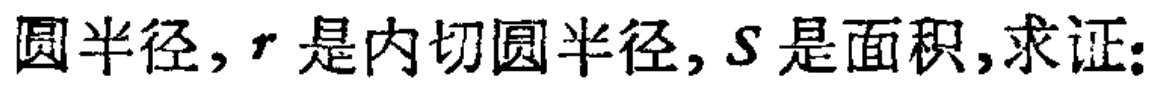
圆半径，$r$ 是内切圆半径，$S$ 是面积,求证: